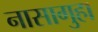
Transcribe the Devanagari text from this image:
नासागुहा